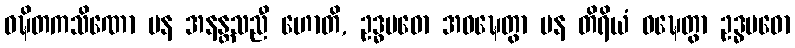
ဝဍ္ဎိတကသိဏော ပန အနန္တသညီ ဟောတိ, ဥဒ္ဓမဓော အဝဍ္ဎေတွာ ပန တိရိယံ ဝဍ္ဎေတွာ ဥဒ္ဓမဓော